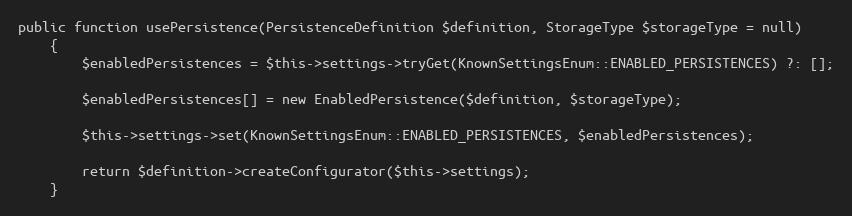
Language: PHP
public function usePersistence(PersistenceDefinition $definition, StorageType $storageType = null)
    {
        $enabledPersistences = $this->settings->tryGet(KnownSettingsEnum::ENABLED_PERSISTENCES) ?: [];

        $enabledPersistences[] = new EnabledPersistence($definition, $storageType);

        $this->settings->set(KnownSettingsEnum::ENABLED_PERSISTENCES, $enabledPersistences);

        return $definition->createConfigurator($this->settings);
    }